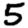
Digit: 5